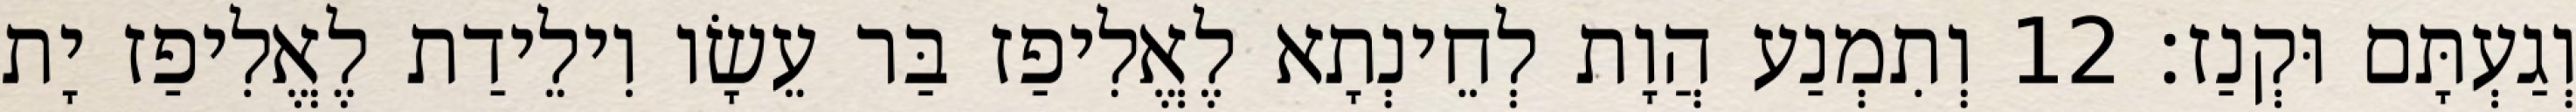
וְגַעְתָּם וּקְנַז׃ 12 וְתִמְנַע הֲוָת לְחֵינְתָא לֶאֱלִיפַז בַּר עֵשָׂו וִילֵידַת לֶאֱלִיפַז יָת